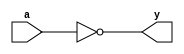


module invert_4bit(a, y);

	input wire [3:0] a;
	output wire [3:0] y;
	assign y = ~a;

endmodule